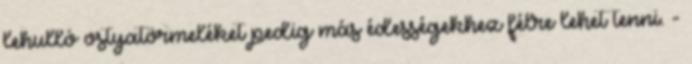
lehulló ostyatörmeléket pedig más édességekhez félre lehet tenni. -